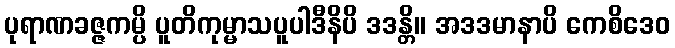
ပုရာဏခဇ္ဇကမ္ပိ ပူတိကုမ္မာသပူပါဒီနိပိ ဒဒန္တိ။ အဒဒမာနာပိ ကေစိဒေဝ